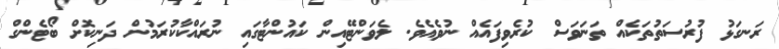
ރަނގަޅު ފުރުސަތުތަކެއް ތަނަވަސް ކުރެވިފައެއް ނުވެއެވެ. ލެވަންޓޭއިން ކައުންޓާގައި ނުރައްކާކުރަމުން ދަނިކޮށް ބޯޓެންގް